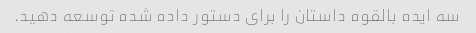
سه ایده بالقوه داستان را برای دستور داده شده توسعه دهید.